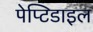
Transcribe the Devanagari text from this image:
पेप्टिडाइल